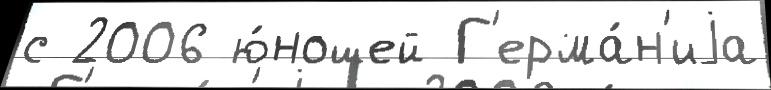
с 2006 ю́ношей Г'ерма́н'иjа